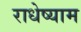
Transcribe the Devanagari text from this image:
राधेष्याम